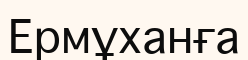
Ермұханға